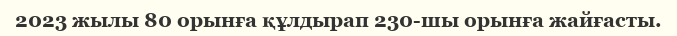
2023 жылы 80 орынға құлдырап 230-шы орынға жайғасты.